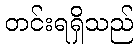
တင်းရရှိသည်